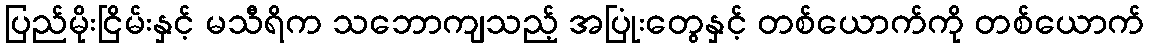
ပြည်မိုးငြိမ်းနှင့် မသီရိက သဘောကျသည့် အပြုံးတွေနှင့် တစ်ယောက်ကို တစ်ယောက်